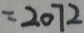
= 2 0 7 2